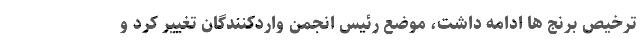
ترخیص برنج ها ادامه داشت، موضع رئیس انجمن واردکنندگان تغییر کرد و